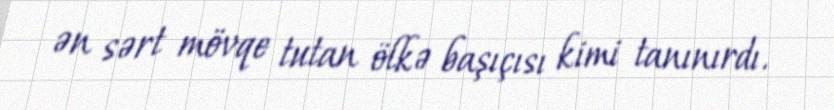
ən sərt mövqe tutan ölkə başıçısı kimi tanınırdı.